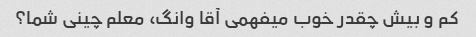
کم و بیش چقدر خوب میفهمی آقا وانگ، معلم چینی شما؟